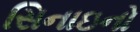
સિનાઇનો